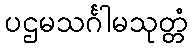
ပဌမသင်္ဂါမသုတ္တံ